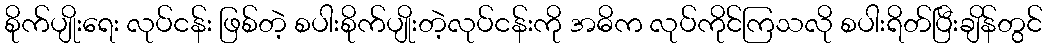
စိုက်ပျိုးရေး လုပ်ငန်း ဖြစ်တဲ့ စပါးစိုက်ပျိုးတဲ့လုပ်ငန်းကို အဓိက လုပ်ကိုင်ကြသလို စပါးရိတ်ပြီးချိန်တွင်